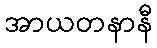
အာယတနာနီ